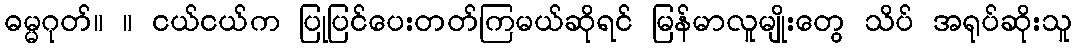
ဓမ္မဂုတ်။ ။ ငယ်ငယ်က ပြုပြင်ပေးတတ်ကြမယ်ဆိုရင် မြန်မာလူမျိုးတွေ သိပ် အရုပ်ဆိုးသူ